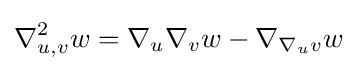
\nabla _{u,v}^{2}w=\nabla _{u}\nabla _{v}w-\nabla _{\nabla _{u}v}w